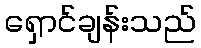
ရှောင်ချန်းသည်